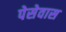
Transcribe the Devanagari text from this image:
पेसेवास